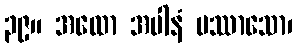
၃၉။ အထော အပါနံ ပဿာသော၊